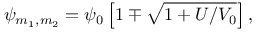
\psi _ { { m _ { 1 } } , { m _ { 2 } } } = \psi _ { 0 } \left[ 1 \mp \sqrt { 1 + U / V _ { 0 } } \right] ,